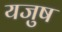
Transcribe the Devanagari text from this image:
यजुष